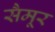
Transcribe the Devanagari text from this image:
सैमूर